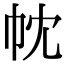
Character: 帎